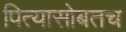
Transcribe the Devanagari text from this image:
पित्यासोबतच